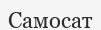
Самосат